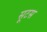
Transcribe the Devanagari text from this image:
सूटस